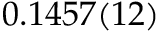
0 . 1 4 5 7 ( 1 2 )